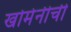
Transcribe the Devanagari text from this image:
खोमेनीची